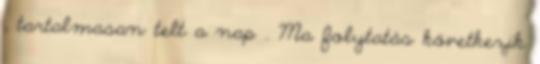
, tartalmasan telt a nap . Ma folytatás következik